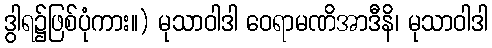
ဒွါရ၌ဖြစ်ပုံကား။) မုသာဝါဒါ ဝေရာမဏိအာဒီနိ၊ မုသာဝါဒါ